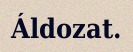
Áldozat.